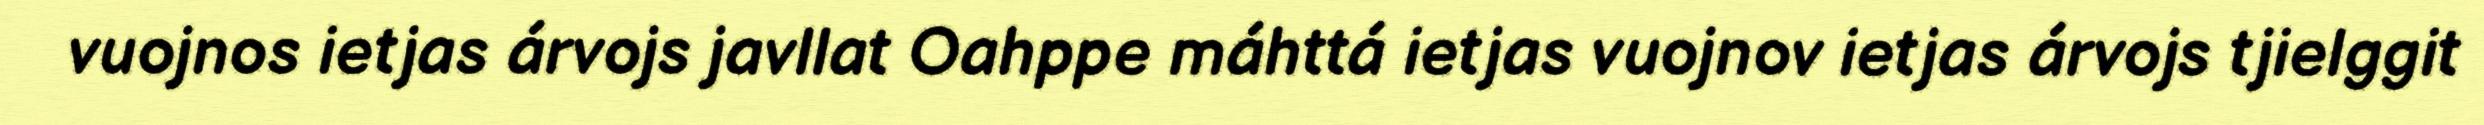
vuojnos ietjas árvojs javllat Oahppe máhttá ietjas vuojnov ietjas árvojs tjielggit